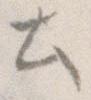
と